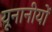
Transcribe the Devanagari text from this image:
यूनानीयों